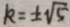
k = \pm \sqrt { 5 }